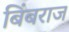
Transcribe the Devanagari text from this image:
बिंबराज